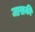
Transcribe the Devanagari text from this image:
जासकी